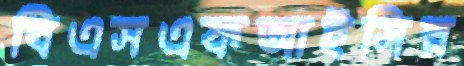
বিএসএফআইসির